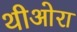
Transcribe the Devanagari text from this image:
थीओरा